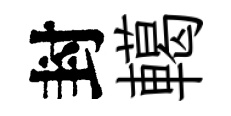
封轕